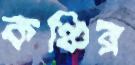
কঞ্চির